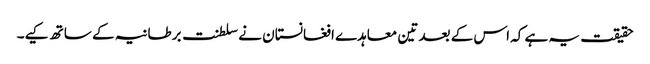
حقیقت یہ ہے کہ اس کے بعد تین معاہدے افغانستان نے سلطنت برطانیہ کے ساتھ کیے۔